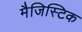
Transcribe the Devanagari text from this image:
मैजिस्टिक